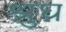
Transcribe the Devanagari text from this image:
श्रुघ्न